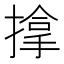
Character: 𢲡